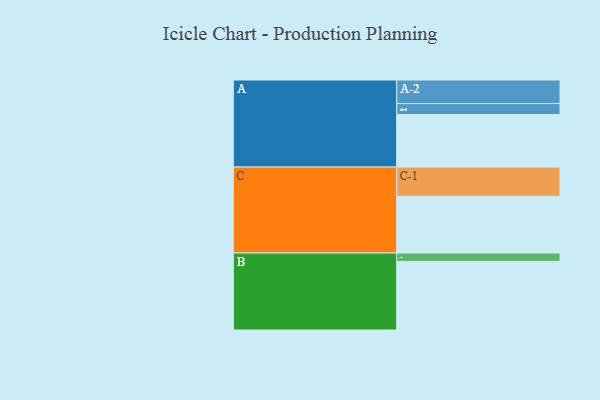
{"axis": {"x": "Segment", "y": "Value"}, "legend": ["", "A", "B", "C"], "data": [{"x": "A", "y": 427, "type": ""}, {"x": "B", "y": 558, "type": ""}, {"x": "C", "y": 461, "type": ""}, {"x": "A-1", "y": 89, "type": "A"}, {"x": "A-2", "y": 192, "type": "A"}, {"x": "B-1", "y": 68, "type": "B"}, {"x": "C-1", "y": 238, "type": "C"}]}